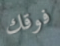
فوقك